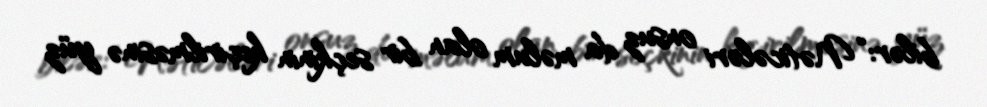
bilər: “Nəticələri onsuz da məlum olan bir seçkinin keçirilməsinə yüz